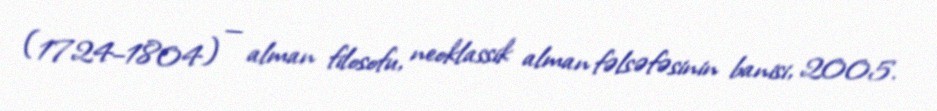
(1724–1804) — alman filosofu, neoklassik alman fəlsəfəsinin banisi, 2005.